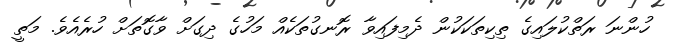
ހުންނަ ރަތްކުލައިގެ ތިކިތަކަކުން ދެމިފައިވާ ރޮނގުތަކެއް މަހުގެ ދިގަށް ވާގޮތަށް ހުރެއެވެ. މަތީ